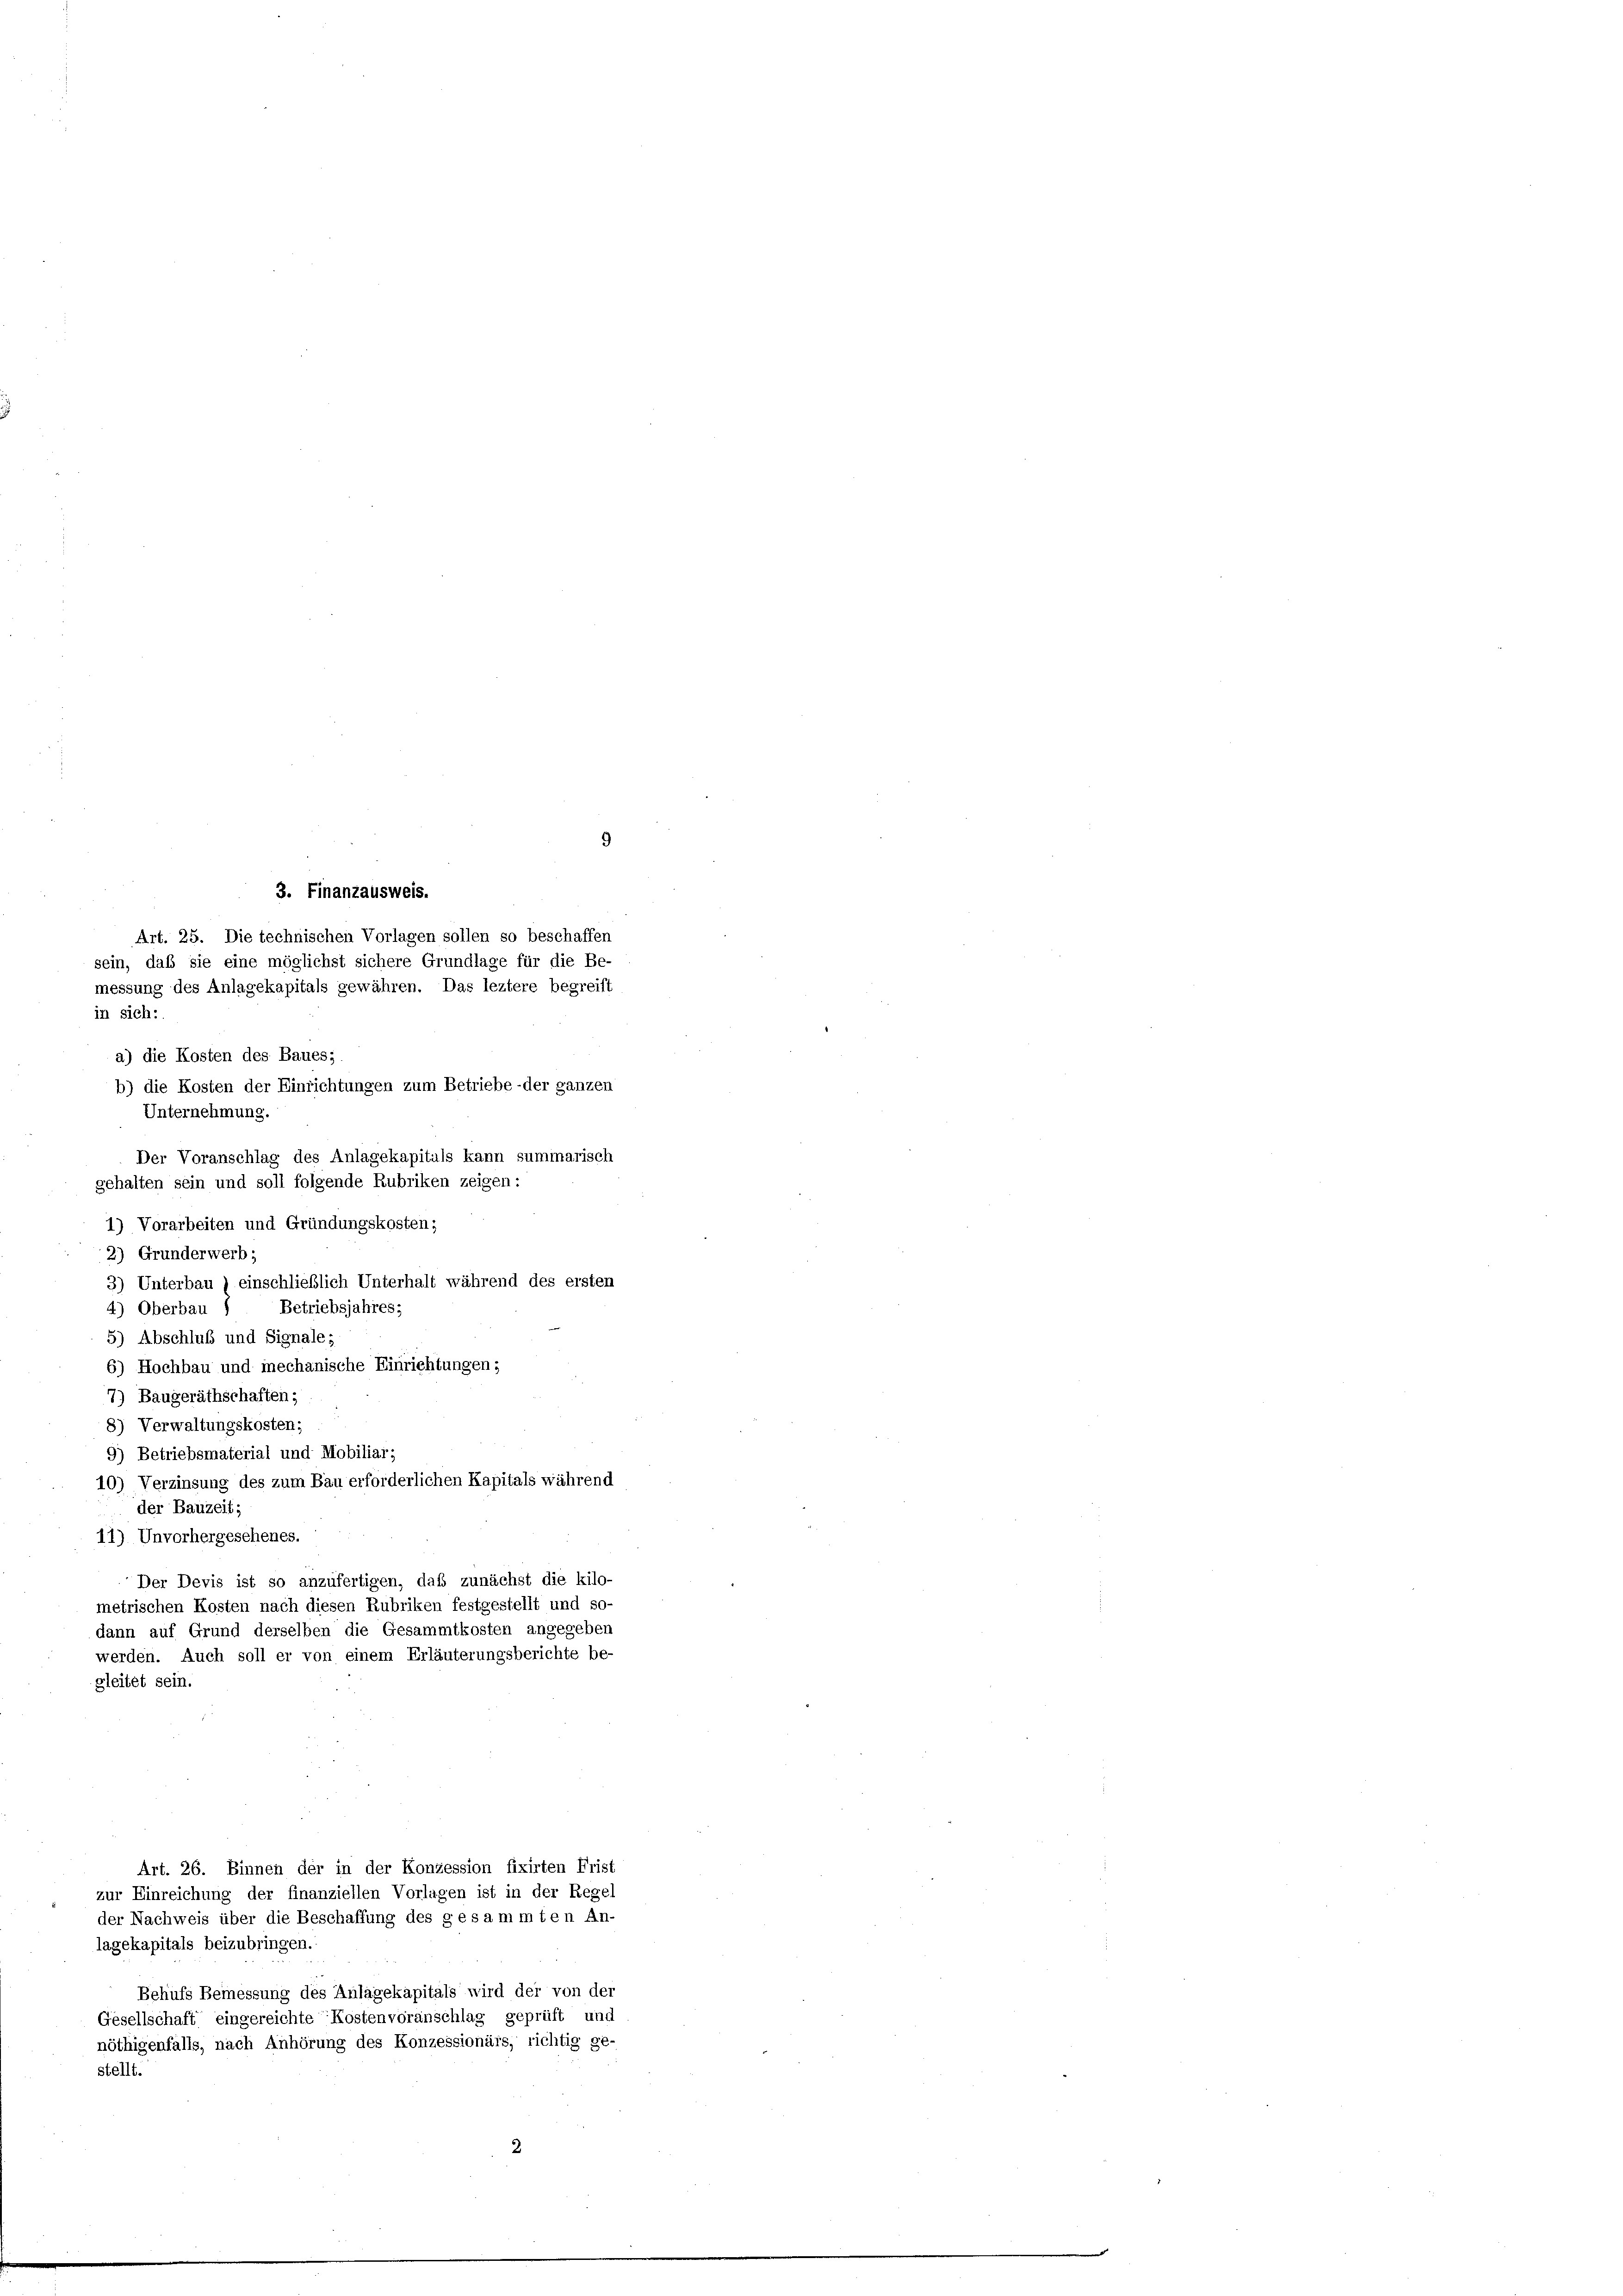
3. Finanzausweis.
in sich:
2) Grunderwerb;
5) Abschluß und Signale;
6) Hochbau und mechanische Einrichtungen;
7) Baugeräthschaften;
8) Verwaltungskosten;
9) Betriebsmaterial und Mobiliar;
10) Verzinsung des zum Bau erforderlichen Kapitals während
der Bauzeit;
11) Unvorhergesehenes.
Der Devis ist so anzufertigen, daß zunächst die kilo-
metrischen Kosten nach diesen Rubriken festgestellt und so-
dann auf Grund derselben die Gesammtkosten angegeben
werden. Auch soll er von einem Erläuterungsberichte be-
gleitet sein.
Art. 26. Binnen der in der Konzession fixirten Frist
zur Einreichung der finanziellen Vorlagen ist in der Regel
der Nachweis über die Beschaffung des gesammten An-
lagekapitals beizubringen.
Behufs Bemessung des Anlagekapitals wird der von der
Gesellschaft eingereichte Kostenvoranschlag geprüft und
nöthigenfalls, nach Anhörung des Konzessionärs, richtig ge-
stellt.

Art. 25. Die technischen Vorlagen sollen so beschaffen
sein, daß sie eine möglichst sichere Grundlage für die Be-
messung des Anlagekapitals gewähren. Das leztere begreift
a) die Kosten des Baues;
b) die Kosten der Einrichtungen zum Betriebe-der ganzen
Unternehmung.

Der Voranschlag des Anlagekapitals kann summarisch
gehalten sein und soll folgende Rubriken zeigen:
1) Vorarbeiten und Gründungskosten;
3) Unterbau ) einschließlich Unterhalt während des ersten
4) Oberbau ) Betriebsjahres;

9